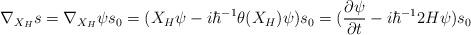
LaTeX: \begin{align*}\nabla _{X_{H}}s=\nabla _{X_{H}}\psi s_{0}=(X_{H}\psi -i\hbar ^{-1}\theta (X_{H})\psi )s_{0}=(\frac{\partial \psi }{\partial t}-i\hbar ^{-1}2H\psi )s_{0}\end{align*}